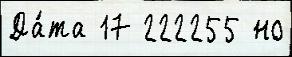
Да́та 17 222255 но